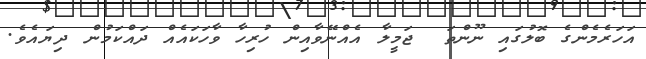
އަހަރެމެންގެ ބޮލުގައި ނޫންތަ  ޖަމީލާ އެއްނޭވާއިން ހުރިހާ ވާހަކައެއް ދައްކަމުން ދިޔައެވެ.